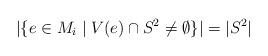
LaTeX: \begin{align*} |\{e\in M_i\mid V(e)\cap S^2\neq \emptyset\}| &= |S^2| \end{align*}